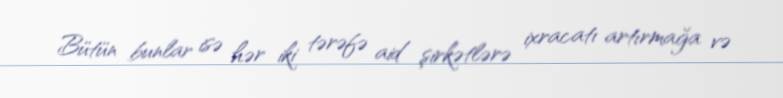
Bütün bunlar isə hər iki tərəfə aid şirkətlərə ixracatı artırmağa və